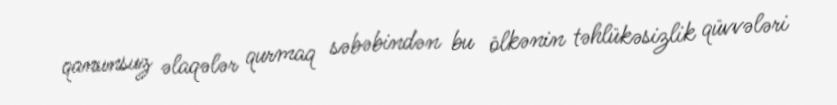
qanunsuz əlaqələr qurmaq səbəbindən bu ölkənin təhlükəsizlik qüvvələri